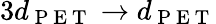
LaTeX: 3d_{\mathrm{~P~E~T~}}\rightarrow d_{\mathrm{~P~E~T~}}